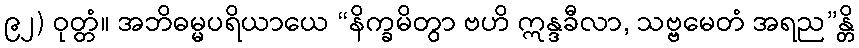
၉၂) ဝုတ္တံ။ အဘိဓမ္မပရိယာယေ “နိက္ခမိတွာ ဗဟိ ဣန္ဒခီလာ, သဗ္ဗမေတံ အရည”န္တိ